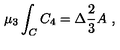
\mu _ { 3 } \int _ { C } C _ { 4 } = \Delta \frac { 2 } { 3 } A \ ,